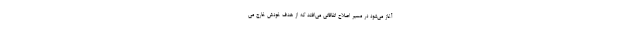
آغاز می‌شود در مسیر اصلاح اتفاقاتی می‌افتد که از هدف خودش خارج می